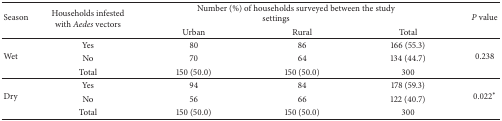
| <ROWSPAN=2> Season | <ROWSPAN=2> Households infested with Aedes vectors | <COLSPAN=3> Number (%) of households surveyed between the study settings | <ROWSPAN=2> P value |
 | Urban | Rural | Total |
 | --- | --- | --- | --- | --- | --- |
 | <ROWSPAN=3> Wet | Yes | 80 | 86 | 166 (55.3) | <ROWSPAN=3> 0.238 |
 | No | 70 | 64 | 134 (44.7) |
 | Total | 150 (50.0) | 150 (50.0) | 300 |
 | <ROWSPAN=3> Dry | Yes | 94 | 84 | 178 (59.3) | <ROWSPAN=3> 0.022∗ |
 | No | 56 | 66 | 122 (40.7) |
 | Total | 150 (50.0) | 150 (50.0) | 300 |